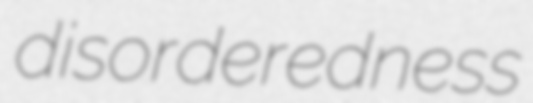
disorderedness